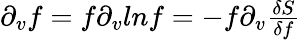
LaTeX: \begin{array}{r}{\partial_{v}f=f\partial_{v}lnf=-f\partial_{v}\frac{\delta S}{\delta f}}\end{array}